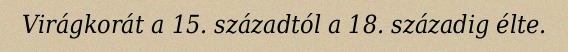
Virágkorát a 15. századtól a 18. századig élte.